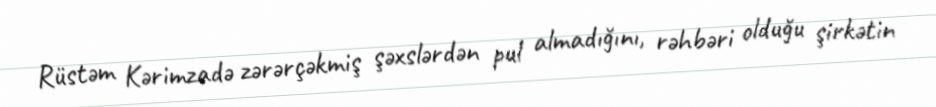
Rüstəm Kərimzadə zərərçəkmiş şəxslərdən pul almadığını, rəhbəri olduğu şirkətin